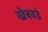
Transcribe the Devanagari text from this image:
खेबवडे